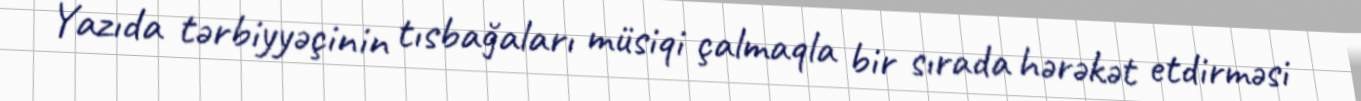
Yazıda tərbiyyəçinin tısbağaları müsiqi çalmaqla bir sırada hərəkət etdirməsi